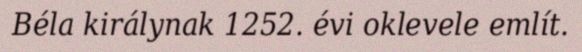
Béla királynak 1252. évi oklevele említ.